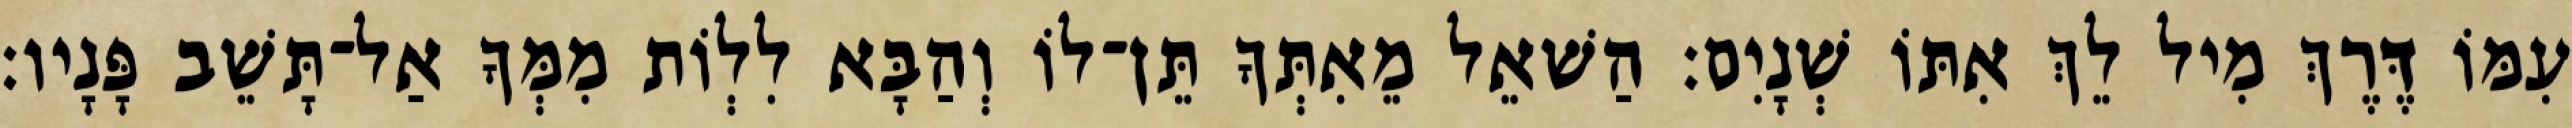
עִמּוֹ דֶּרֶךְ מִיל לֵךְ אִתּוֹ שְׁנָיִם׃ הַשׁאֵל מֵאִתְּךָ תֵּן־לוֹ וְהַבָּא לִלְוֹת מִמְּךָ אַל־תָּשֵׁב פָּנָיו׃